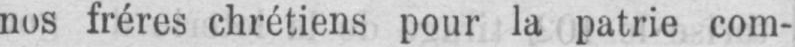
nos frères chrétiens pour la patrie com-